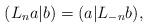
LaTeX: \begin{align*} (L_na|b)=(a|L_{-n}b),\end{align*}